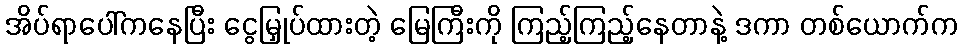
အိပ်ရာပေါ်ကနေပြီး ငွေမြှုပ်ထားတဲ့ မြေကြီးကို ကြည့်ကြည့်နေတာနဲ့ ဒကာ တစ်ယောက်က